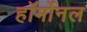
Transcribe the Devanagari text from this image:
हॉर्मोनल